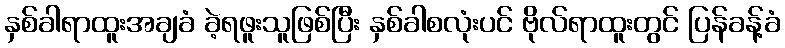
နှစ်ခါရာထူးအချခံ ခဲ့ရဖူးသူဖြစ်ပြီး နှစ်ခါစလုံးပင် ဗိုလ်ရာထူးတွင် ပြန်ခန့်ခံ